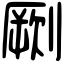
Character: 劂